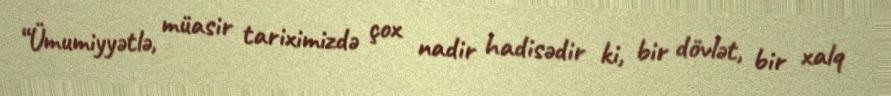
“Ümumiyyətlə, müasir tariximizdə çox nadir hadisədir ki, bir dövlət, bir xalq